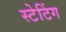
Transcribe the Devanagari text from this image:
स्टेटिंग